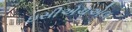
ઇસીએચએલ